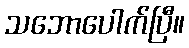
သဘောပေါက်ပြီ။